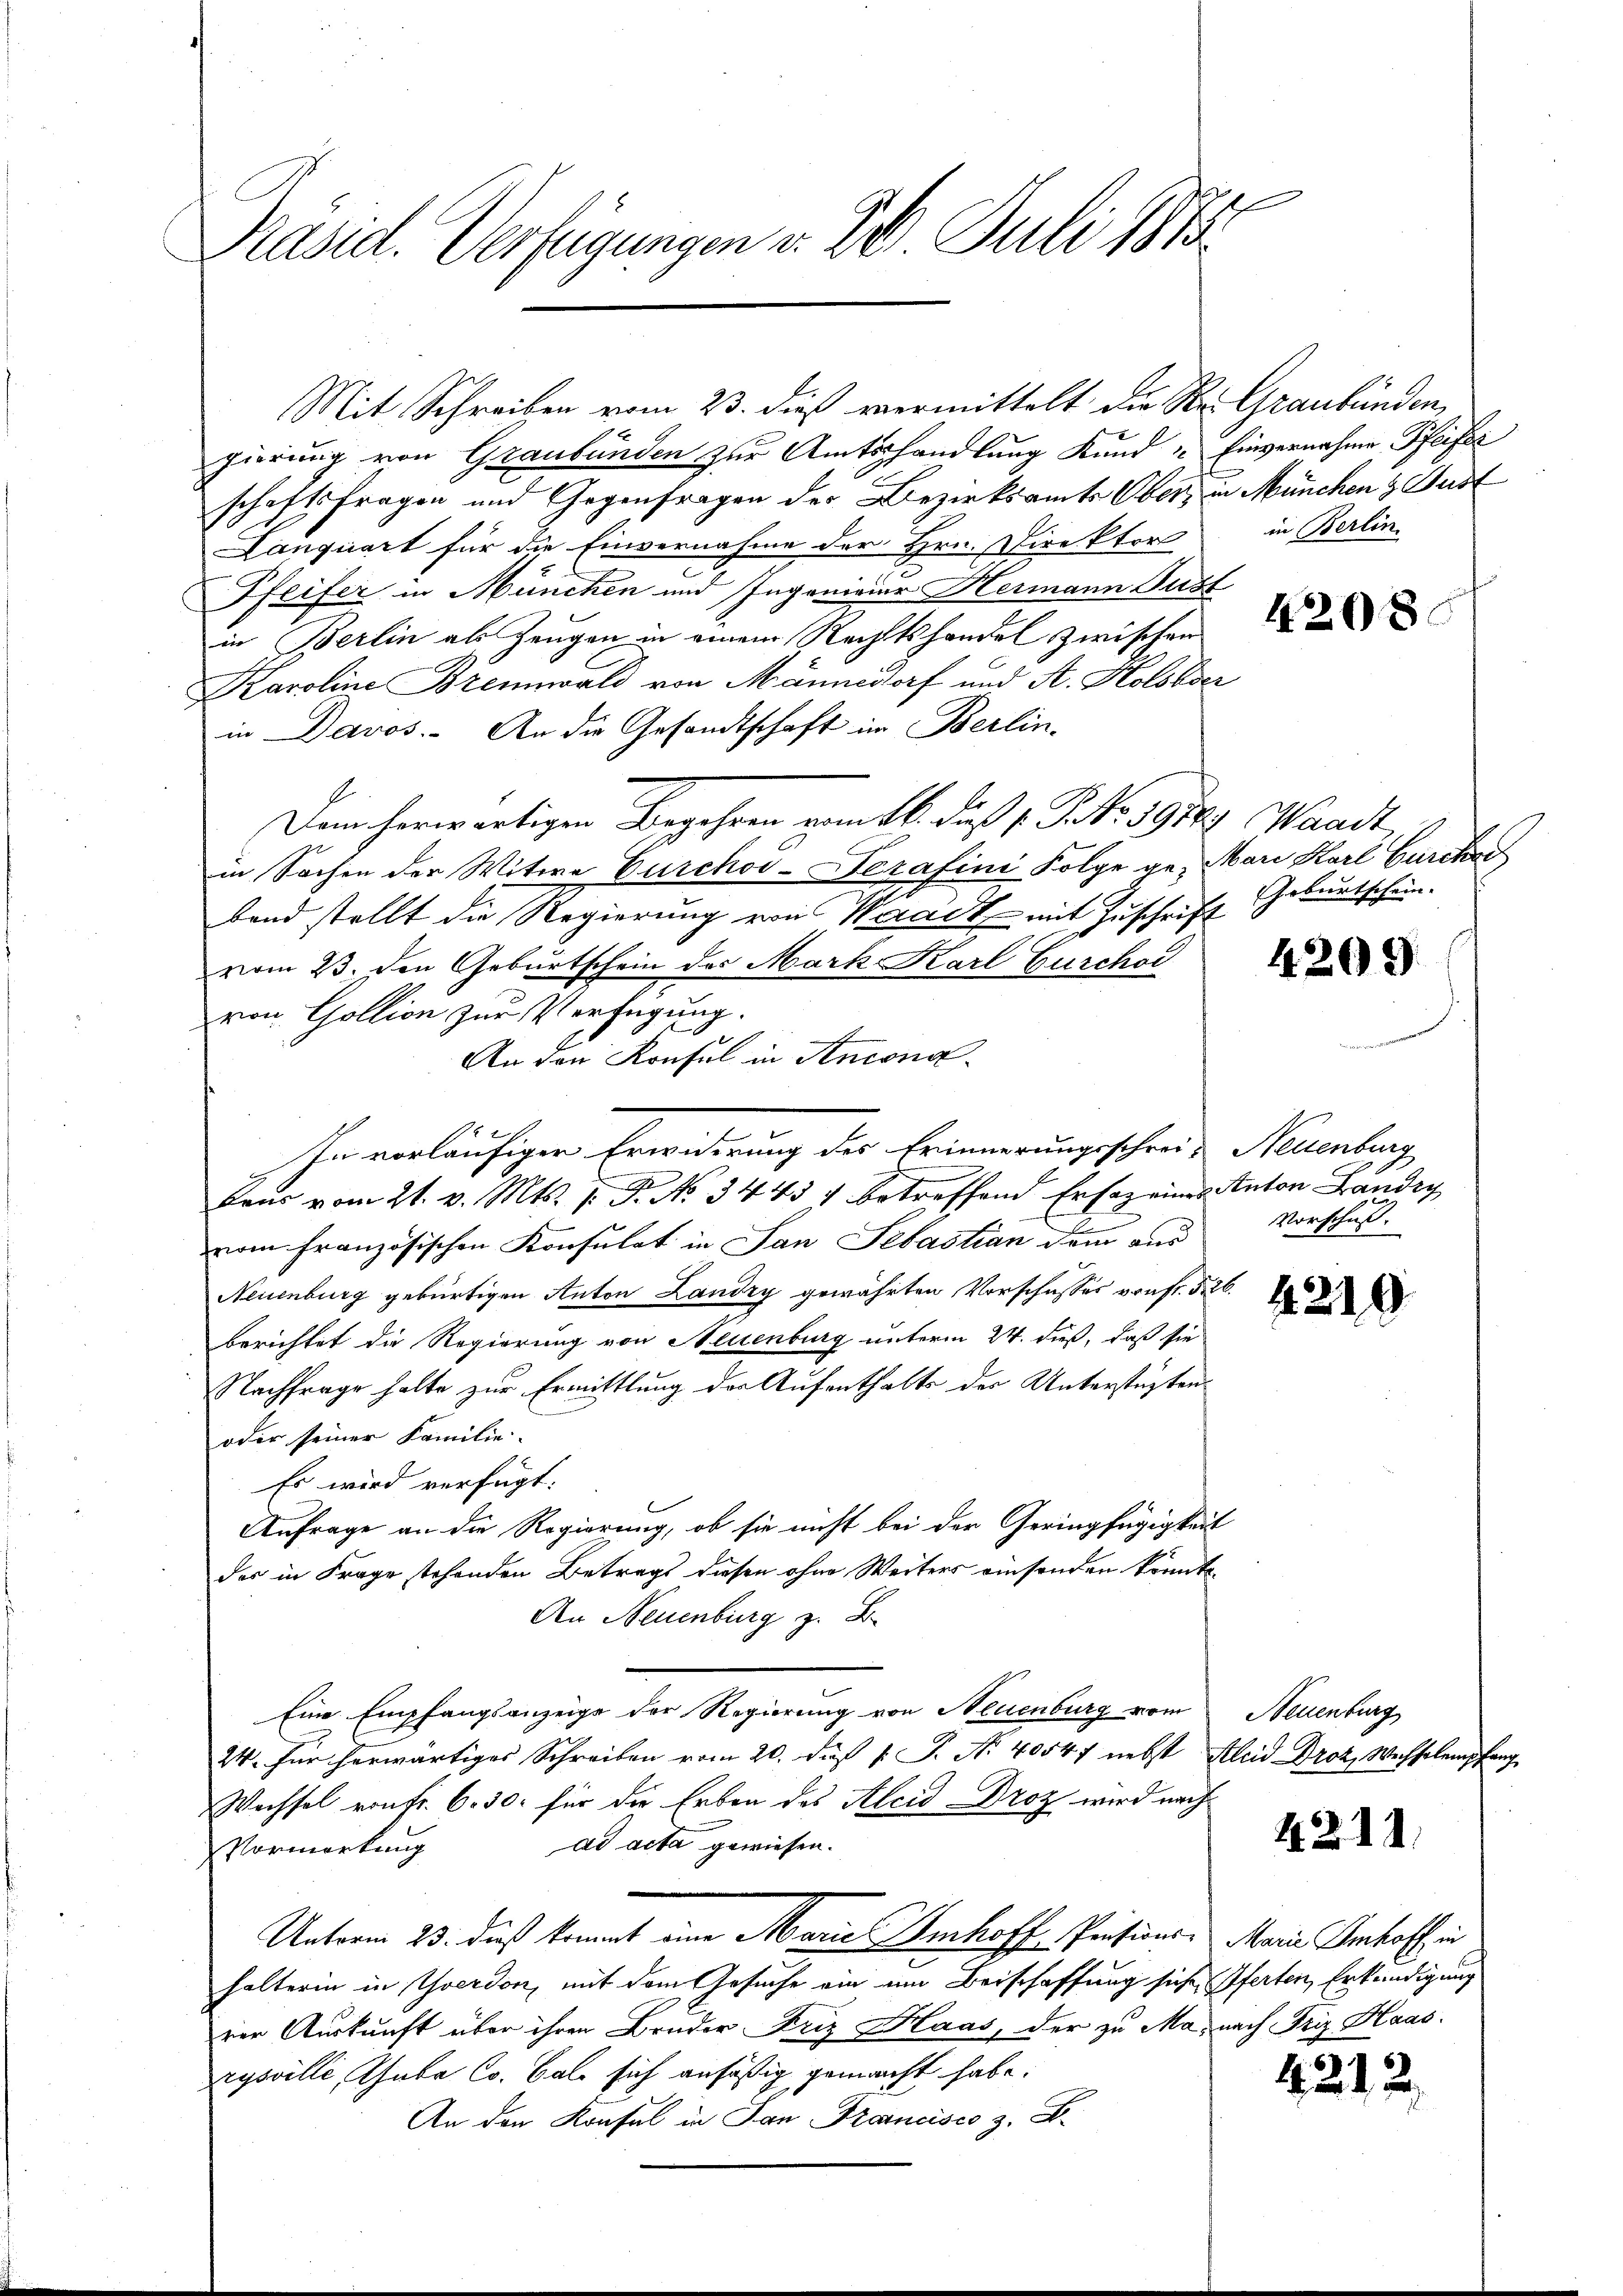
Präsid. Verfügungen v. 26. Juli 1883

Mit Schreiben vom 23. dieß vermittelt die Se. Graubünden,
gierung von Graubünden zur Amtshandlung Kund " Einvernahme Pfeifer
schaftsfragen und Gegenfragen der Bezirksamts Ober, in München & Gust
Lanquart für die Einvernahme der Hrn. Direktor
Pfeifer in München und Ingenivier Hermann Just
in Berlin als Zeugen in einem Rechtshandel zwischen
Karoline Brennwald von Männedorf und A. Kolobser
in Davos. An die Gesandtschaft im Berlin.
Dam herwärtigen Begehren vom 16. daß 1. P. Nr. 1918 Waadt,
in Sachen der Witwe Curchod-Serafini Folge ge- Mari Karl Gurchar
band stellt die Regierung von Waadt mit Zuschrift
vom 23. den Geburtschein des Mark Karl Gurchoi
von Gollion zur Verfügung.
An den Konfel in Ancona¬
In vorläufiger Erwiderung des Erinnerungsschrei- Neuenburg
Je
Beas vom 21. v. Mts. 1. P. No 34437 betreffend Ersaz eines Anton Landig
vom französischen Konsulat in San Sebastian dem aus
Neuenburg gebürtigen Anton Landry gewährten Vorschusses von fr. § 26.
berichtet die Regierung von Neuenburg unterm 24. dieß, daß sie
Nachfrage halte zur Ermittlung der Aufenthalts der Unterstüzten
oder seiner Familie-
Es wird verfügt:
Anfrage an die Regierung, ob sie nicht bei der Geringfügigkeit
der in Frage stehenden Betrags diesen ohne Weiters einsenden könnte.
An Neuenburg z. B.
Eine Empfangsanzeige der Regierung von Neuenburg vom Neuenburg
24. Für herwärtiges Schreiben vom 20. daß P. P. Nr. 40547 nebst Kleid Droz. Wechselempfang
Wechsel von Fr. 6. 30. für die Erben des Aleid Droz wird nach
ad acta gewiesen.
Vormerkung
Unterm 25. dieß kommt eine Marie Imhoff Präsions. Maria Antoff in
halterin in Yverdon, mit dem Gesuche ein um Beischaffung siche Pferten Erkundigung
rer Auskunft über ihren Brüder Friz Haas, der zu Ma, nach Friz Haas
rysville, habe Co. bald sich ansäßig gemacht habe.
An den Konsul in San Francisco z. B.

in Berlin.

4208.

Geburtschein.

4209

Vorschuß.

4210

42. 22.

424. 2